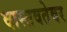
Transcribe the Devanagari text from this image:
वास्तवतेवर